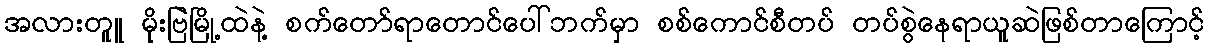
အလားတူူ မိုးဗြဲမြို့ထဲနဲ့ စက်တော်ရာတောင်ပေါ်ဘက်မှာ စစ်ကောင်စီတပ် တပ်စွဲနေရာယူဆဲဖြစ်တာကြောင့်